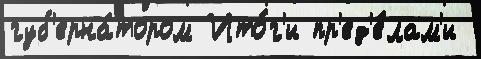
губ'ерна́тором Ито́г'и пр'ед'е́лам'и